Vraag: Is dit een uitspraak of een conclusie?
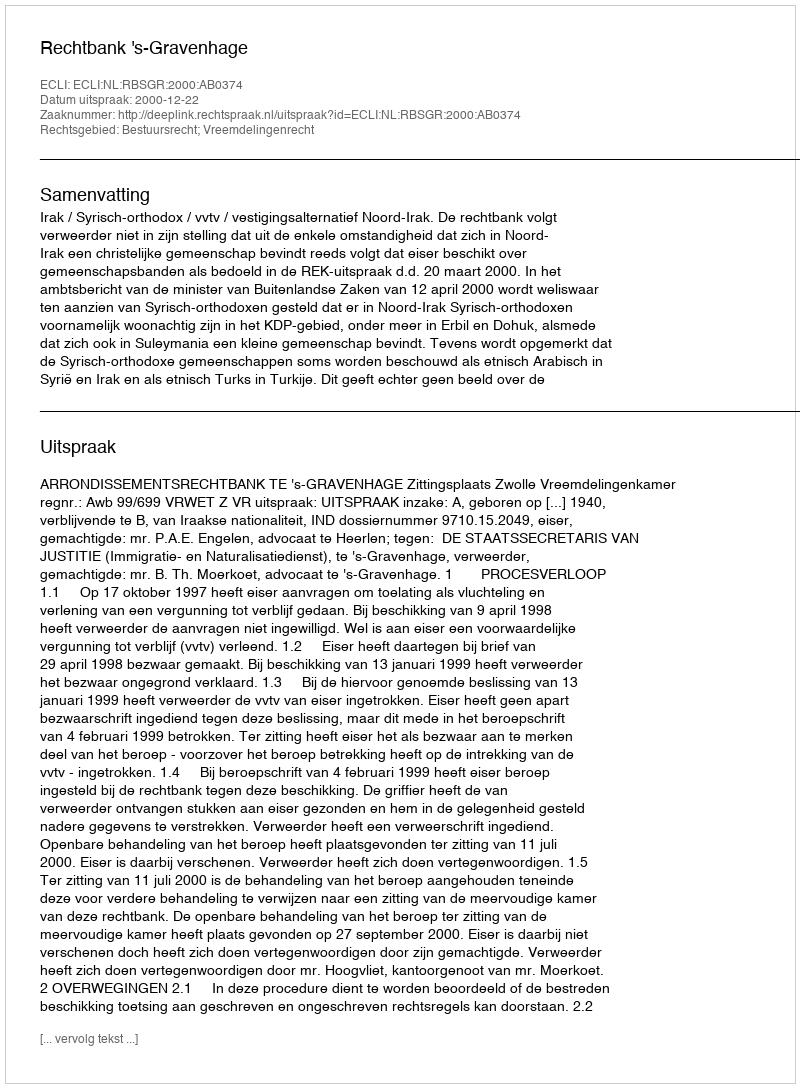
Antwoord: Uitspraak